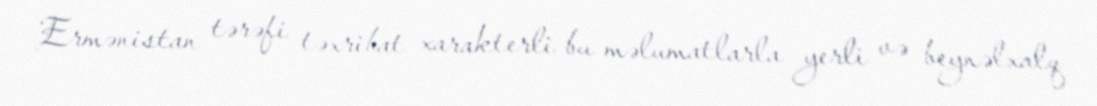
Ermənistan tərəfi təxribat xarakterli bu məlumatlarla yerli və beynəlxalq